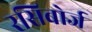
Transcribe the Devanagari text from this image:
रसिबोर्ज